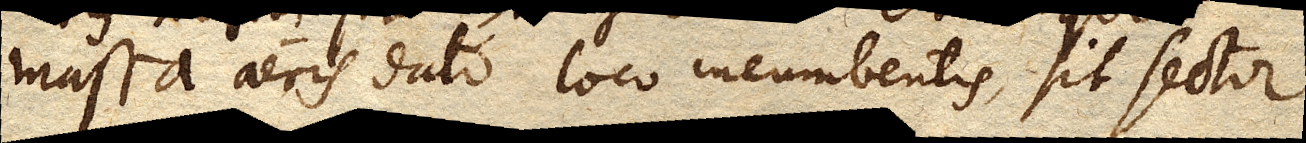
massa aeris dato loco incumbentis, sit sector